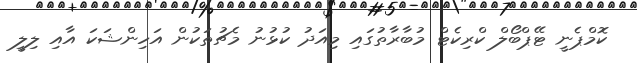
ކޮމްޕެނީ ޓޭޕްބޯލް ކްރިކެޓް މުބާރާތުގައި މިއަދު ކުޅުނު މެޗުތަކުން އަހިންޝަކަ އާއި ލިލީ